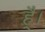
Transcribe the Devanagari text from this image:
है्।